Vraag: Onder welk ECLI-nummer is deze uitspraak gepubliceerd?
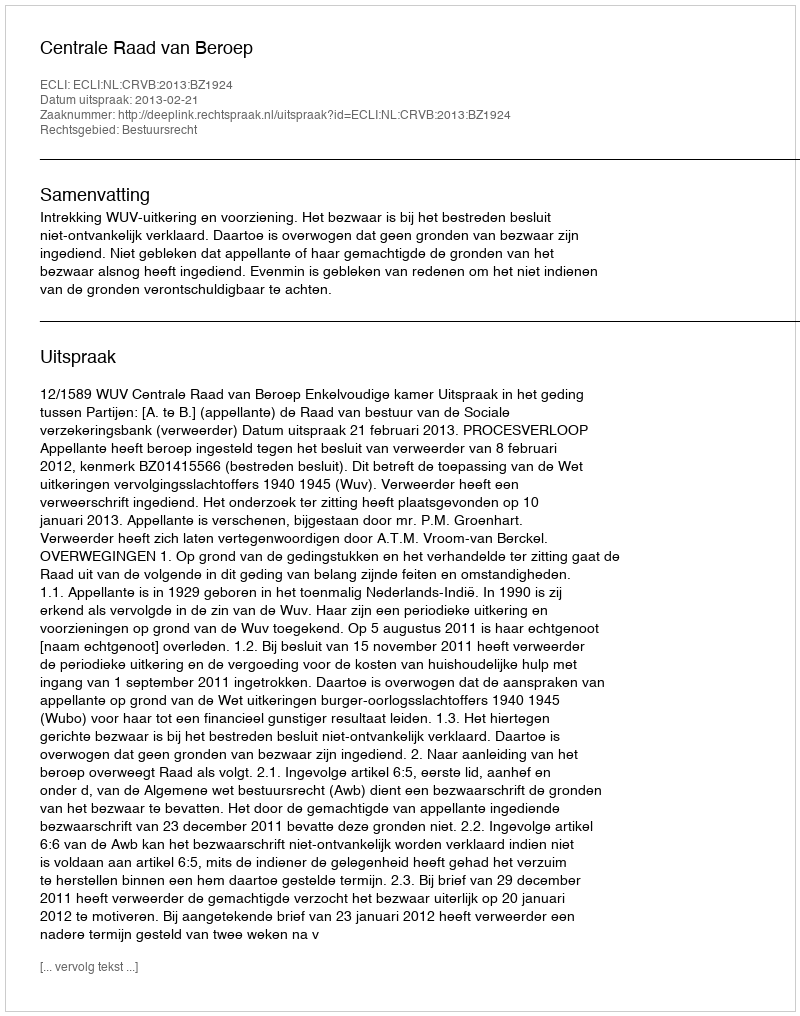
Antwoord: ECLI:NL:CRVB:2013:BZ1924